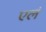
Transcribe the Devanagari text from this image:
एलं